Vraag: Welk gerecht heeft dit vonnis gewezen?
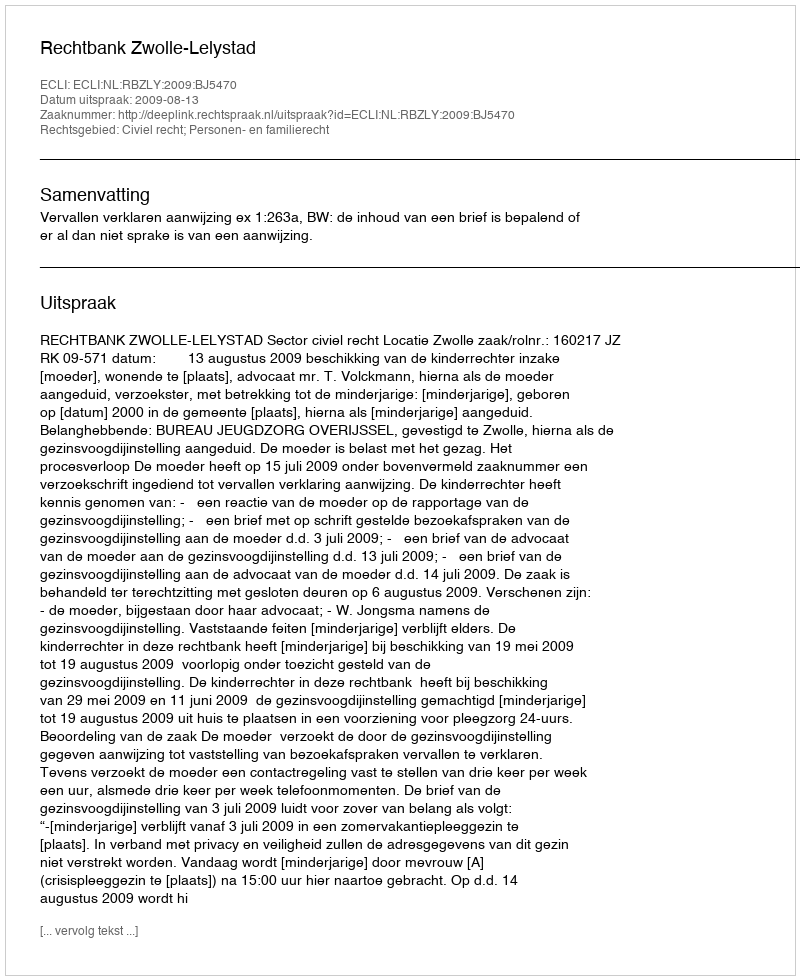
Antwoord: Rechtbank Zwolle-Lelystad